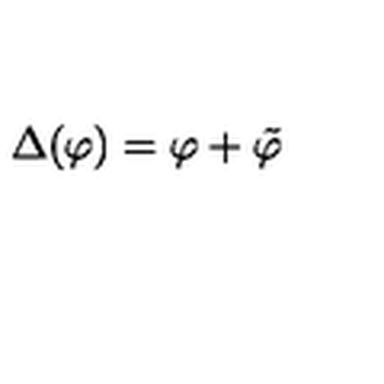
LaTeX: \Delta ( \varphi ) = \varphi + \tilde { \varphi }